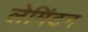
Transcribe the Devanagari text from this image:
लेमिंटन